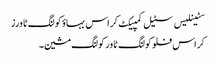
سٹینلیس سٹیل کمپیکٹ کراس بہاؤ کولنگ ٹاورز
کراس فلو کولنگ ٹاور کولنگ مشین۔